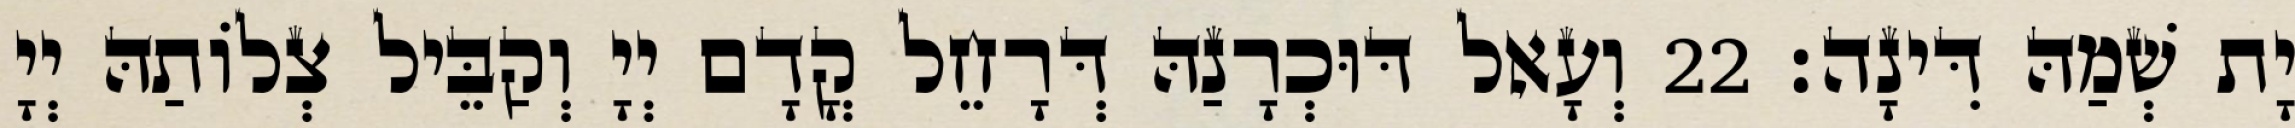
יָת שְׁמַהּ דִּינָה׃ 22 וְעָאל דּוּכְרָנַהּ דְּרָחֵל קֳדָם יְיָ וְקַבֵּיל צְלוֹתַהּ יְיָ